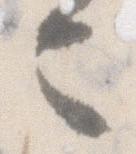
今